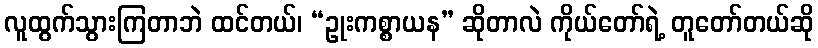
လူထွက်သွားကြတာဘဲ ထင်တယ်၊ “ဥုးကစ္စာယန” ဆိုတာလဲ ကိုယ်တော်ရဲ့ တူတော်တယ်ဆို